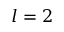
l = 2